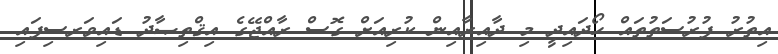
އިތުރު ފުރުސަތުތައް ހޯދައިދީ މި ދާއިރާއިން ކުރިއަށް ގޮސް ރާއްޖޭގެ އިޤްތިޞާދު ޑައިވަރސިފައި